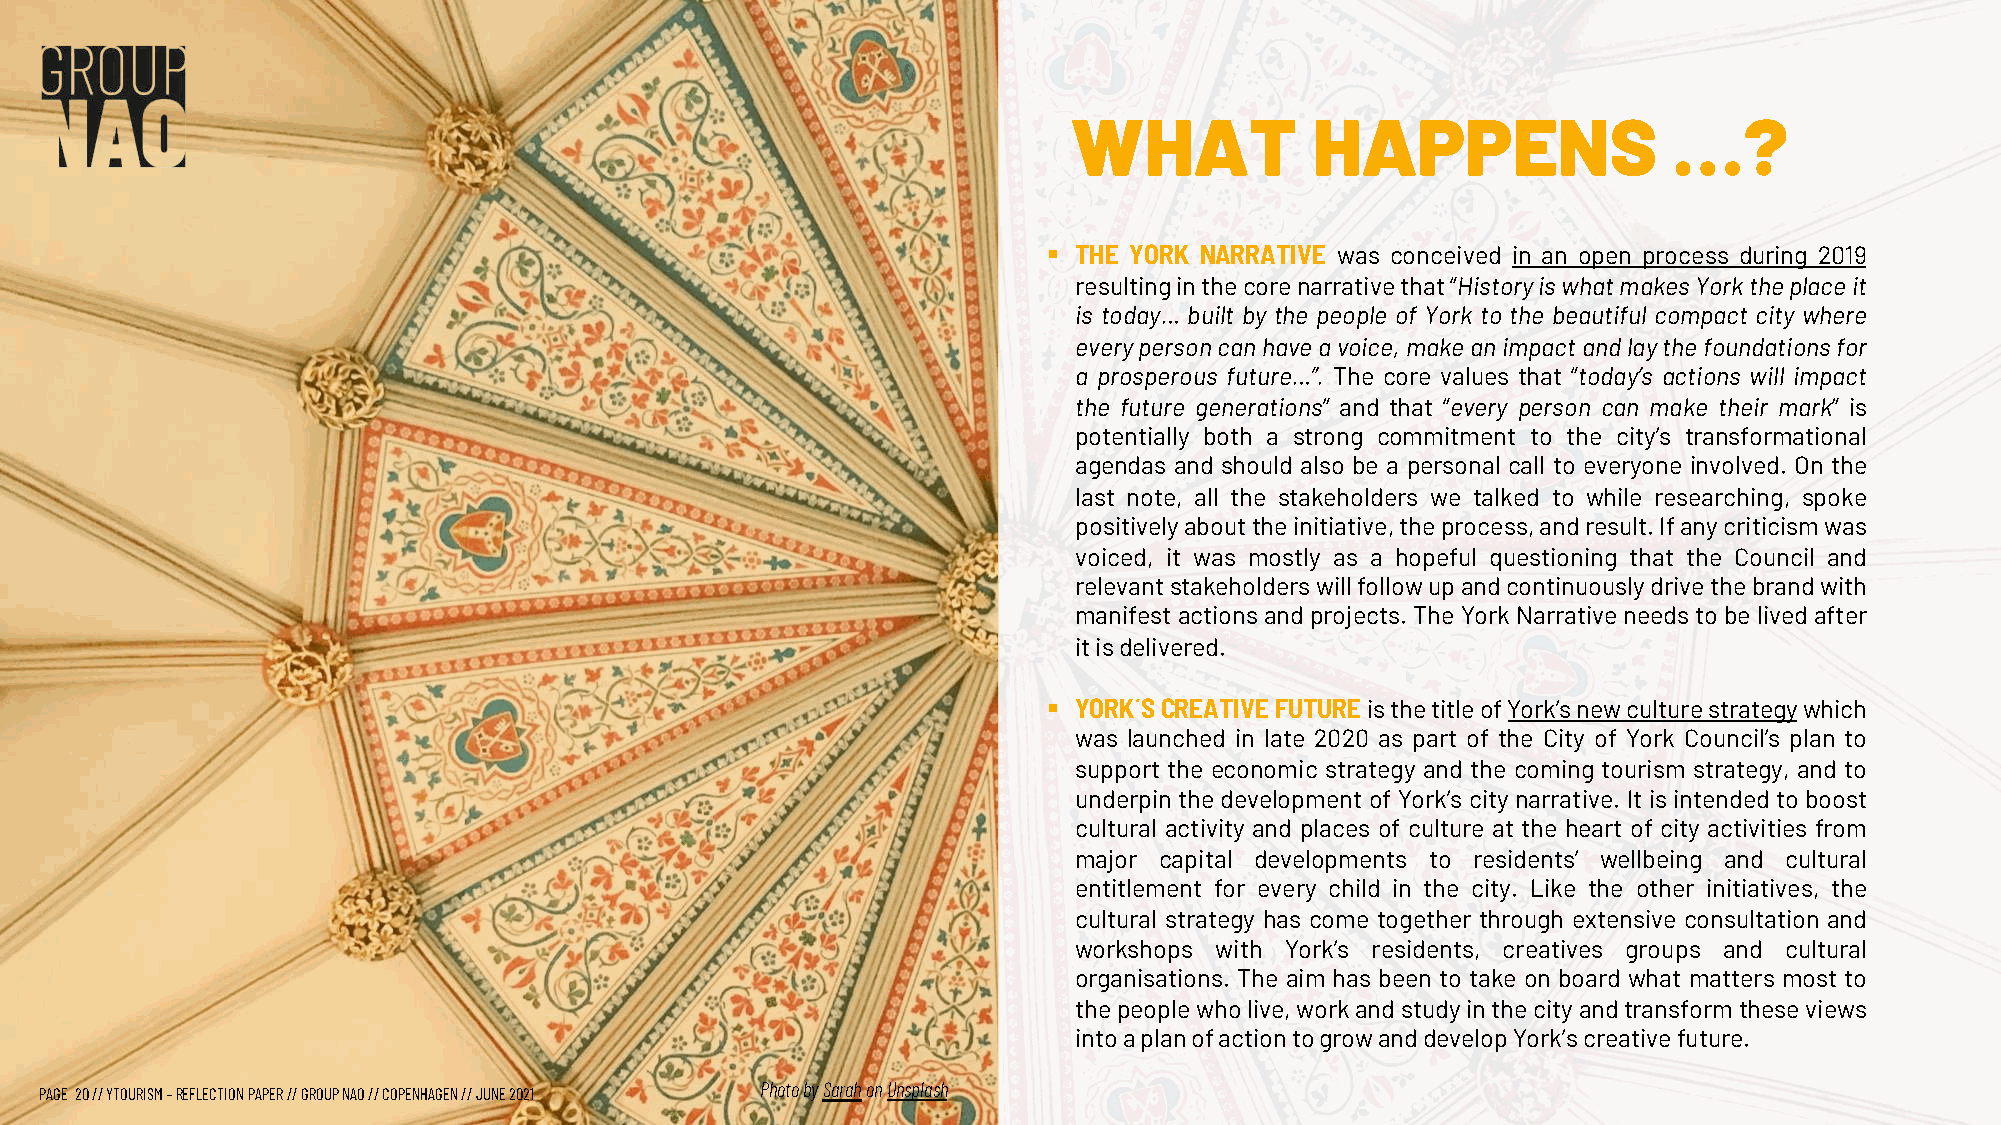
WHAT            HAPPENS                 …?
 § THE YORK NARRATIVE was conceived in an open process during 2019
 resultinginthecorenarrativethat“HistoryiswhatmakesYorktheplaceit
 is today… built by the people of York to the beautiful compact city where
 everypersoncanhaveavoice,makeanimpactandlaythefoundationsfor
 a prosperous future…”. The core values that “today’s actions will impact
 the future generations” and that “every person can make their mark” is
 potentially both a strong commitment to the city’s transformational
 agendas and should also be a personal call to everyone involved. On the
 last note, all the stakeholders we talked to while researching, spoke
 positivelyabouttheinitiative,theprocess,andresult.Ifanycriticismwas
 voiced, it was mostly as a hopeful questioning that the Council and
 relevantstakeholderswillfollowupandcontinuouslydrivethebrandwith
 manifestactionsandprojects.TheYorkNarrativeneedstobelivedafter
 itisdelivered.
 § YORK´SCREATIVEFUTUREisthetitleofYork’snewculturestrategywhich
 was launched in late 2020 as part of the City of York Council’s plan to
 support the economic strategy and the coming tourism strategy, and to
 underpin the development of York’s city narrative. It is intended to boost
 cultural activity and places of culture at the heart of city activities from
 major capital developments to residents’ wellbeing and cultural
 entitlement for every child in the city. Like the other initiatives, the
 cultural strategy has come together through extensive consultation and
 workshops with York’s residents, creatives groups and cultural
 organisations. The aim has been to take on board what matters most to
 thepeoplewholive,workandstudyinthecityandtransformtheseviews
 intoaplanofactiontogrowanddevelopYork’screativefuture.
 Photo bySarahonUnsplash
 PAGE 20// YTOURISM –REFLECTION PAPER // GROUP NAO // COPENHAGEN // JUNE 2021